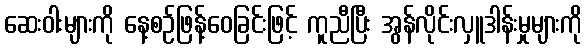
ဆေးဝါးများကို နေ့စဉ်ဖြန့်ဝေခြင်းဖြင့် ကူညီပြီး အွန်လိုင်းလှူဒါန်းမှုများကို